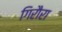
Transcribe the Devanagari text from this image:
गिरौरा